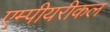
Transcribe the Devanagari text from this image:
एम्पीयरीकल